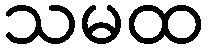
သမထ